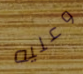
وعليه